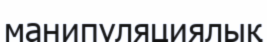
манипуляциялық